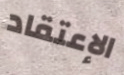
الإعتقاد